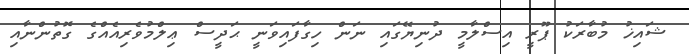
ޝައިޚު މުބާރަކު ޕޫރީ އިސްލާމީ ދުނިޔޭގައި ނަން ހިގާފައިވަނީ ޙަދީސް ޢިލްމުވެރިއެއްގެ ގޮތުންނާއި